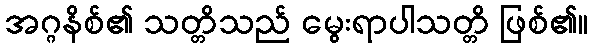
အဂ္ဂနိစ်၏ သတ္တိသည် မွေးရာပါသတ္တိ ဖြစ်၏။